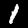
Digit: 1